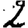
Digit: 2